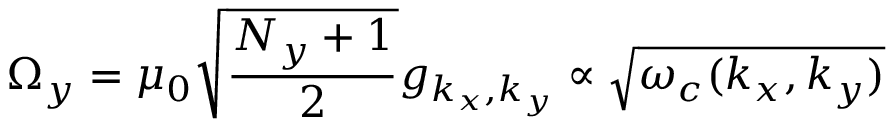
{ \Omega } _ { y } = \mu _ { 0 } \sqrt { \frac { N _ { y } + 1 } { 2 } } g _ { k _ { x } , k _ { y } } \propto \sqrt { \omega _ { c } ( k _ { x } , k _ { y } ) }